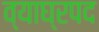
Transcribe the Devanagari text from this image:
व्याघ्रपद